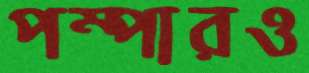
পম্পারও